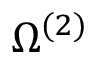
\Omega ^ { ( 2 ) }